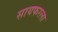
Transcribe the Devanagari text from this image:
सायफरला